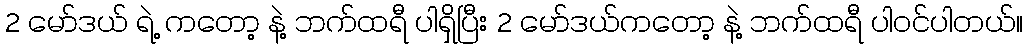
2 မော်ဒယ် ရဲ့ ကတော့ နဲ့ ဘက်ထရီ ပါရှိပြီး 2 မော်ဒယ်ကတော့ နဲ့ ဘက်ထရီ ပါဝင်ပါတယ်။